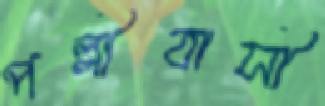
পল্লীবাসী